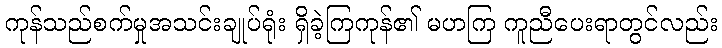
ကုန်သည်စက်မှုအသင်းချုပ်ရုံး ရှိခဲ့ကြကုန်၏ မဟကြ ကူညီပေးရာတွင်လည်း